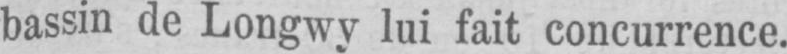
bassin de Longwy lui fait concurrence.